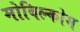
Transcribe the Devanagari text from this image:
मोबिल्कोम